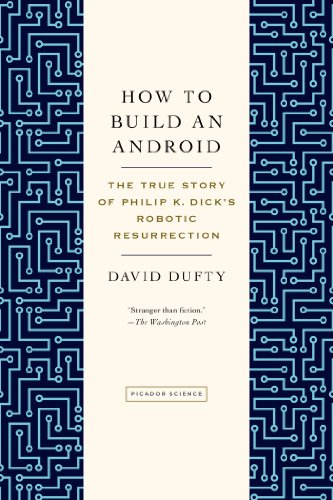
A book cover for How to Build an Android: The True Story of Philip K. Dick's Robotic Resurrection; David F. Dufty; Computers & Technology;